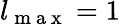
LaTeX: l_{\mathrm{~m~a~x~}}=1